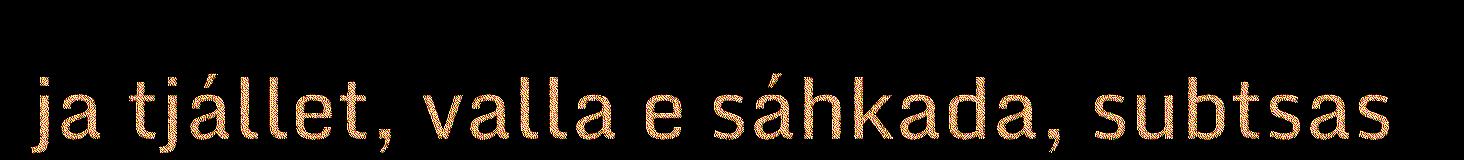
ja tjállet, valla e sáhkada, subtsas